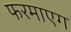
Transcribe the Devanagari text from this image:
फरमाएग